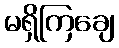
မရှိကြချေ